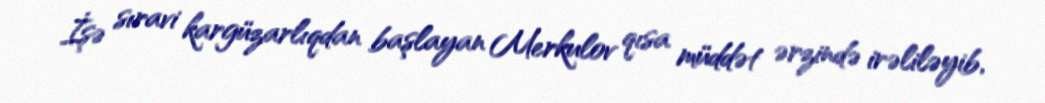
İşə sıravi kargüzarlıqdan başlayan Merkulov qısa müddət ərzində irəliləyib,